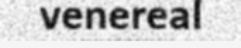
venereal